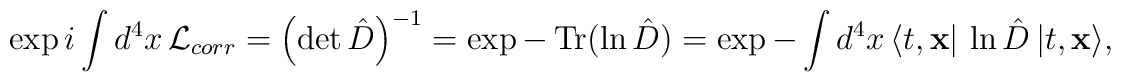
\exp i \int d^4x\, {\cal L}_{corr}= \left({\rm det}\,{\hat D}\right)^{-1}=\exp -\,{\rm Tr}(\ln{\hat D})=\exp -\int d^4x\, \langle t, {\bf x}\vert \,\ln {\hat D}\,\vert t, {\bf x}\rangle,